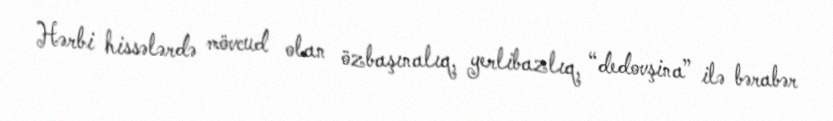
Hərbi hissələrdə mövcud olan özbaşınalıq, yerlibazlıq, “dedovşina” ilə bərabər